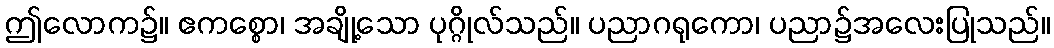
ဤလောက၌။ ဧကစ္စော၊ အချို့သော ပုဂ္ဂိုလ်သည်။ ပညာဂရုကော၊ ပညာ၌အလေးပြုသည်။